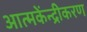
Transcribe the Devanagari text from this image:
आत्मकेंन्द्रीकरण